Lunatic asylums Bombay report 1878-1890 - 1878-1890
Year: 1878
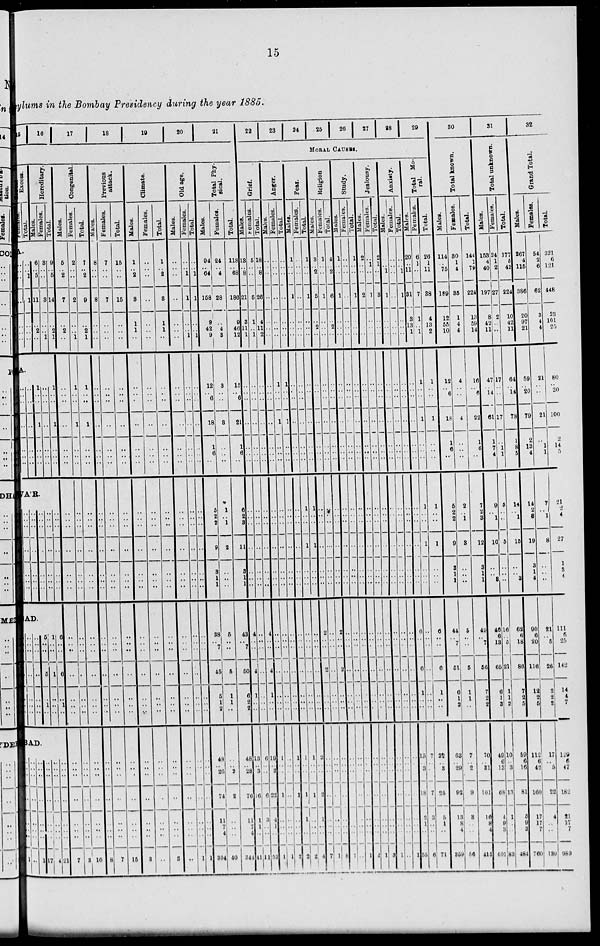
15
sylums in, the Bombay Presidency during the year 1885.
15
16
17
18
19
20
21
Excess.
Females.
Total.
Hereditary.
Males.
Females.
Total.
A.
..
..
..
..
..
..
..
..
..
1
1
..
..
..
6
..
5
11
..
2
..
3
..
..
3
..
..
1
9
..
5
14
..
2
1
A.
..
..
..
..
..
..
..
..
..
..
..
..
..
..
1
..
..
1
..
..
..
..
..
..
..
..
..
..
1
..
..
1
..
..
..
A'R.
..
..
..
..
..
..
..
..
..
..
..
..
..
..
..
..
..
..
..
..
..
..
..
..
..
..
..
..
..
..
..
..
..
..
..
AD.
..
..
..
..
..
..
..
..
..
..
..
..
..
..
5
..
..
5
..
1
..
1
..
..
1
..
..
..
6
..
..
6
..
1
..
AD.
..
..
..
..
..
..
..
..
..
..
..
..
..
..
..
1
..
..
..
..
..
..
..
17
..
..
..
..
..
..
..
4
..
..
..
..
..
..
..
21
Congenital.
Males.
5
..
2
7
..
2
..
..
..
..
..
..
..
..
..
..
..
..
..
..
..
..
..
..
..
..
..
..
..
..
..
..
..
..
..
7
Females.
2
..
..
2
..
..
1
1
..
..
1
..
..
..
..
..
..
..
..
..
..
..
..
..
..
..
..
..
..
..
..
..
..
..
..
3
Total.
7
..
2
9
..
2
1
1
..
..
1
..
..
..
..
..
..
..
..
..
..
..
..
..
..
..
..
..
..
..
..
..
..
..
..
10
Previous
attack.
Males.
8
..
..
8
..
..
..
..
..
..
..
..
..
..
..
..
..
..
..
..
..
..
..
..
..
..
..
..
..
..
..
..
..
..
..
8
Females.
7
..
..
7
..
..
..
..
..
..
..
..
..
..
..
..
..
..
..
..
..
..
..
..
..
..
..
..
..
..
..
..
..
..
..
7
Total.
15
..
..
15
..
..
..
..
..
..
..
..
..
..
..
..
..
..
..
..
..
..
..
..
..
..
..
..
..
..
..
..
..
..
..
15
Climate.
Males.
1
..
2
3
1
1
..
..
..
..
..
..
..
..
..
..
..
..
..
..
..
..
..
..
..
..
..
..
..
..
..
..
..
..
..
3
Females.
..
..
..
..
..
..
..
..
..
..
..
..
..
..
..
..
..
..
..
..
..
..
..
..
..
..
..
..
..
..
..
..
..
..
..
..
Total.
1
..
2
3
1
1
..
..
..
..
..
..
..
..
..
..
..
..
..
..
..
..
..
..
..
..
..
..
..
..
..
..
..
..
..
3
Old age.
Males.
..
..
..
..
..
..
..
..
..
..
..
..
..
..
..
..
..
..
..
..
..
..
..
..
..
..
..
..
..
..
..
..
..
..
..
..
Females.
..
..
1
1
..
..
1
..
..
..
..
..
..
..
..
..
..
..
..
..
..
..
..
..
..
..
..
..
..
..
..
..
..
..
1
Total.
..
..
1
1
..
..
1
..
..
..
..
..
..
..
..
..
. .
..
..
..
..
..
..
..
..
..
..
..
..
..
..
..
..
..
1
Total Phy-
sical.
Males.
94
..
64
158
9
42
9
12
..
6
18
1
6
..
5
2
2
9
3
1
1
38
..
7
45
5
1
2
48
.. 26
74
11
7
4
304
Females.
24
..
4
28
..
4
3
3
..
..
3
..
..
..
1
..
1
2
..
..
..
5
..
..
5
1
1
..
..
..
2
2
..
..
..
40
Total.
118
..
68
186
9
46
12
15
..
6
21
1
6
..
6
2
3
11
3
..
1
48
..
7
50
6
2
2
48
..
28
76
11
7
4
344
22
23
24
25
26
27
28
29
MORAL CAUSES.
Grief.
Males.
13
..
8
21
3
11
1
..
..
..
..
..
..
..
..
..
..
..
..
..
..
4
..
..
4
1
..
..
13
..
3
16
1
1
..
41
Females.
5
..
..
5
1
..
1
..
..
..
..
..
..
..
..
..
..
..
..
..
..
..
..
..
..
..
..
..
6
..
..
6
3
..
..
11
Total.
18
..
8
26
4
11
2
..
..
..
..
..
..
..
..
..
..
..
..
..
..
4
..
..
4
1
..
..
19
..
3
22
4
1
..
52
Anger.
Males.
..
..
..
..
..
..
..
..
..
..
..
..
..
..
..
..
..
..
..
..
..
..
..
..
..
..
..
..
1
..
..
1
..
..
..
1
Females.
..
..
..
..
..
..
..
1
..
..
1
..
..
..
..
..
..
..
..
..
..
..
..
..
..
..
..
..
..
..
..
..
..
..
..
1
Total.
..
..
..
..
..
..
..
1
..
..
1
..
..
..
..
..
..
..
..
..
..
..
..
..
..
..
..
..
1
..
..
1
..
..
..
2
Fear.
Males.
1
..
..
1
..
..
..
..
..
..
..
..
..
..
..
..
..
..
..
..
..
..
..
..
..
..
..
..
1
..
..
1
1
..
..
2
Females.
..
..
..
..
..
..
..
..
..
..
..
..
..
..
1
..
..
1
..
..
..
..
..
..
..
..
..
..
1
..
..
1
..
..
..
2
Total.
1
..
..
1
..
..
..
..
..
..
..
..
..
..
1
..
..
1
..
..
..
..
..
..
..
..
..
..
2
..
..
2
1
..
..
4
Religion
Males.
3
..
2
5
..
2
..
..
..
..
..
..
..
..
..
..
..
..
..
..
..
2
..
..
2
..
..
..
..
..
..
..
..
..
..
7
Females.
1
..
..
1
..
..
..
..
..
..
..
..
..
..
..
..
..
..
..
..
..
..
..
..
..
..
..
..
..
..
..
..
..
..
..
1
Total.
1
4
..
2
6
..
2
..
..
..
..
..
..
..
..
..
..
..
..
..
..
..
2
..
..
2
..
..
..
..
..
..
..
..
..
..
8
Study.
Males.
1
..
..
1
..
..
..
..
..
..
..
..
..
..
..
..
..
..
..
..
..
..
..
..
..
..
..
..
..
..
..
..
..
..
..
1
Females.
..
..
..
..
..
..
..
..
..
..
..
..
..
..
..
..
..
..
..
..
..
..
..
..
..
..
..
..
..
..
..
..
..
..
..
..
Total.
1
..
..
1
..
..
..
..
..
..
..
..
..
..
..
..
..
..
..
..
..
..
..
..
..
..
..
..
..
..
..
..
..
..
..
1
Jealousy.
Males.
2
..
..
2
..
..
..
..
..
..
..
..
..
..
..
..
..
..
..
..
..
..
..
..
..
..
..
..
..
..
..
..
..
..
..
2
Females.
..
1
..
1
..
..
..
..
..
..
..
..
..
..
..
..
..
..
..
..
..
..
..
..
..
..
..
..
..
..
..
..
..
..
..
1
Total.
2
1
..
3
..
..
..
..
..
..
..
..
..
..
..
..
..
..
..
..
..
..
..
..
..
..
..
..
..
..
..
..
..
..
..
3
Anxisty.
Males.
..
..
1
1
..
..
..
..
..
..
..
..
..
..
..
..
..
..
..
..
..
..
..
..
..
..
..
..
..
..
..
..
..
..
..
1
Females.
..
..
..
..
..
..
..
..
..
..
..
..
..
..
..
..
..
..
..
..
..
..
..
..
..
..
..
..
..
..
..
..
..
..
..
..
Total.
..
..
1
1
..
..
..
..
..
..
..
..
..
..
..
..
..
..
..
..
..
..
..
..
..
..
..
..
..
..
..
..
..
..
..
1
Total Mo-
ral.
Males.
20
..
11
31
3
13
1
..
..
..
..
..
..
..
..
..
..
..
..
..
..
6
..
..
6
1
..
..
15
..
3
18
2
1
..
55
Females.
6
1
..
7
1
..
1
1
..
..
1
..
..
..
1
..
..
1
..
..
..
..
..
..
..
..
..
..
7
..
..
7
3
..
..
6
Total.
26
1
11
38
4
13
2
1
..
..
1
..
..
..
1
..
..
1
..
..
..
6
..
..
6
1
..
..
22
..
3
25
5
1
..
71
30
Total known.
Males.
114
..
75
189
12
55
10
12
..
6
18
1
6
..
5
2
2
9
3
1
1
44
..
7
51
6
1
2
63
..
29
92
13
8
4
359
Females.
80
1
4
35
1
4
4
4
..
..
4
..
..
..
2
..
1
3
..
..
..
5
..
..
5
1
1
..
7
..
2
9
3
..
..
56
Total.
144
1
79
224
13
59
14
16
..
6
22
1
6
..
7
2
3
12
3
1
1
49
..
7
56
7
2
2
70
..
31
101
16
8
4
415
31
Total unknown.
Males.
153
4
40
197
8
42
11
47
..
14
61
1
7
4
9
..
1
10
..
..
3
46
6
13
65
6
1
3
49
6
13
68
4
9
3
401
Females.
24
1
2
27
2
..
..
17
..
..
17
..
1
1
5
..
..
5
..
..
..
16
..
5
21
1
1
2
10
..
3
13
1
..
..
83
Total.
177
5
42
224
10
42
11
64
..
14
78
1
8
5
14
..
1
15
..
..
3
62
6
18
86
7
2
5
59
6
16
81
5
9
3
484
32
Grand Total.
Males.
267
4
115
386
20
97
21
59
..
20
79
2
13
4
14
2
3
19
3
1
4
90
6
20
116
12
2
5
112
6
42
160
5
17
7
760
Females.
54
2
6
62
3
4
4
21
..
..
21
..
1
1
7
..
1
8
..
..
..
21
..
5
26
2
2
2
17
..
5
22
17
..
..
139
Total.
321
6
121
448
23
101
25
80
..
20
100
2
14
5
21
2 4
27
3
1
4
111
6
25
142
14
4
7
129
6
47
182
4
17
7
989